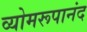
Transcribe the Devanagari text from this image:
व्योमरूपानंद